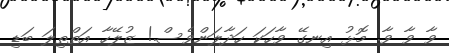
ވާ ވާ ވާ. މޮޅު އިނގޭ ވާހަކަ ހަދާލަންވެސް.! ޒުލޭހާ އަތްތިލަ ބަޑި